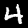
Label: 4